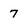
Character: 7